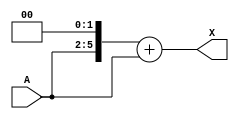
`timescale 1ns / 1ps
//////////////////////////////////////////////////////////////////////////////////
// Company: 
// Engineer: 
// 
// Design Name: 
// Module Name: multiply5
// Project Name: 
// Target Devices: 
// Tool Versions: 
// Description: 
// 
// Dependencies: 
// 
// Revision:
// Revision 0.01 - File Created
// Additional Comments:
// 
//////////////////////////////////////////////////////////////////////////////////


module multiply5(A,X);
input [3:0] A;
output [6:0] X;

assign X=(A<<2) + A;
endmodule